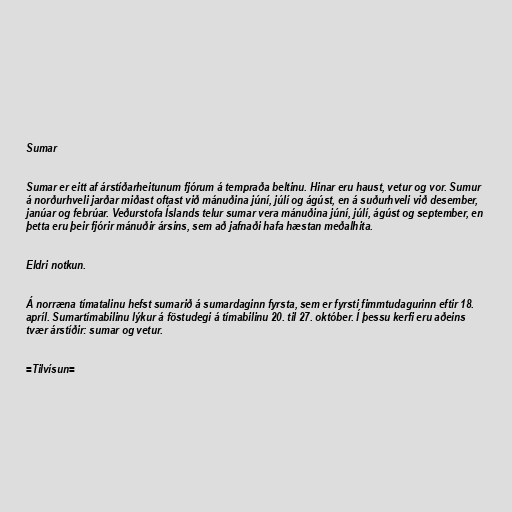
Sumar

Sumar er eitt af árstíðarheitunum fjórum á tempraða beltinu. Hinar eru haust, vetur og vor. Sumur
á norðurhveli jarðar miðast oftast við mánuðina júní, júlí og ágúst, en á suðurhveli við desember,
janúar og febrúar. Veðurstofa Íslands telur sumar vera mánuðina júní, júlí, ágúst og september, en
þetta eru þeir fjórir mánuðir ársins, sem að jafnaði hafa hæstan meðalhita.

Eldri notkun.

Á norræna tímatalinu hefst sumarið á sumardaginn fyrsta, sem er fyrsti fimmtudagurinn eftir 18.
apríl. Sumartímabilinu lýkur á föstudegi á tímabilinu 20. til 27. október. Í þessu kerfi eru aðeins
tvær árstíðir: sumar og vetur.

=Tilvísun=